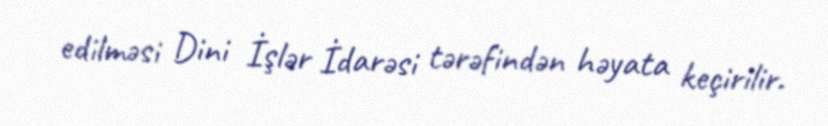
edilməsi Dini İşlər İdarəsi tərəfindən həyata keçirilir.